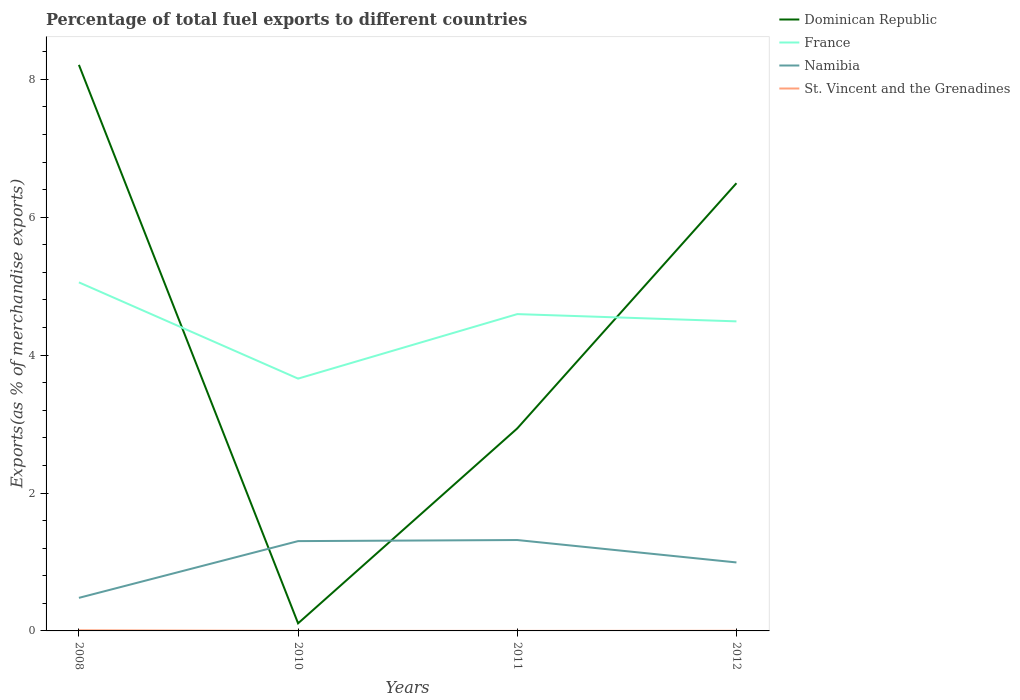
| Years | Dominican Republic | France | Namibia | St. Vincent and the Grenadines |
 | --- | --- | --- | --- | --- |
 | 2008 | 8.21 | 5.05 | 0.479 | 0.00922 |
 | 2010 | 0.11 | 3.66 | 1.3 | 0.000987 |
 | 2011 | 2.94 | 4.59 | 1.32 | 0.000403 |
 | 2012 | 6.49 | 4.49 | 0.993 | 0.00214 |